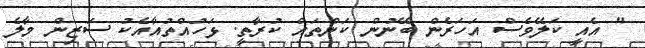
" އެއީ ކަލޭވެސް އަހަރެން ބޭނުން ކަންތައް ކުރާތީ. ޅަހުއްތުއާއެކު ސަޒިން މާލެ